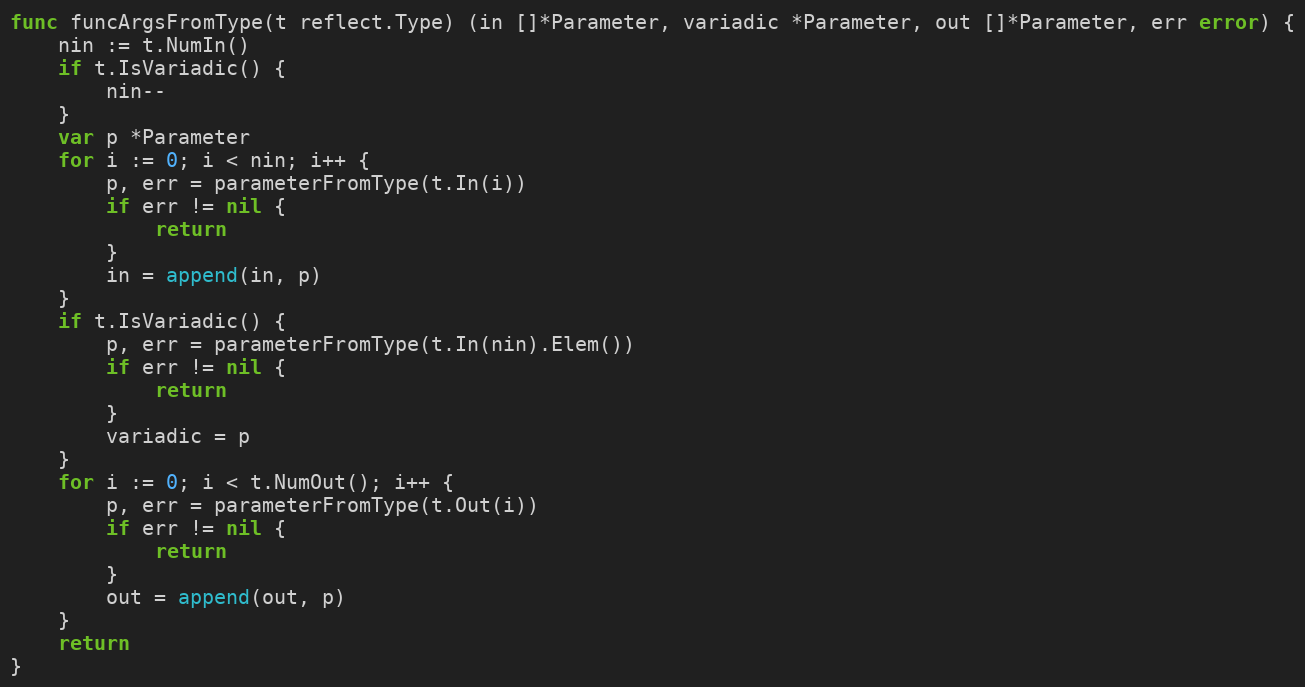
Language: Go
func funcArgsFromType(t reflect.Type) (in []*Parameter, variadic *Parameter, out []*Parameter, err error) {
	nin := t.NumIn()
	if t.IsVariadic() {
		nin--
	}
	var p *Parameter
	for i := 0; i < nin; i++ {
		p, err = parameterFromType(t.In(i))
		if err != nil {
			return
		}
		in = append(in, p)
	}
	if t.IsVariadic() {
		p, err = parameterFromType(t.In(nin).Elem())
		if err != nil {
			return
		}
		variadic = p
	}
	for i := 0; i < t.NumOut(); i++ {
		p, err = parameterFromType(t.Out(i))
		if err != nil {
			return
		}
		out = append(out, p)
	}
	return
}